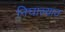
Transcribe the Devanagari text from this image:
निघाल्यात